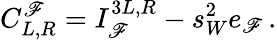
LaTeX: C_{L,R}^{\mathscr{F}}=I_{\mathscr{F}}^{3L,R}-s_{W}^{2}e_{\mathscr{F}}\, .